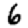
Digit: 6